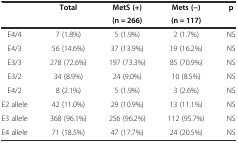
<table><thead><tr><td rowspan="2">[EMPTY_CELL]</td><td rowspan="2"><b>Total</b></td><td><b>MetS (+)</b></td><td><b>Mets (−)</b></td><td rowspan="2"><b>p</b></td></tr><tr><td><b>(n = 266)</b></td><td><b>(n = 117)</b></td></tr></thead><tbody><tr><td>E4/4</td><td>7 (1.8%)</td><td>5 (1.9%)</td><td>2 (1.7%)</td><td>NS</td></tr><tr><td>E4/3</td><td>56 (14.6%)</td><td>37 (13.9%)</td><td>19 (16.2%)</td><td>NS</td></tr><tr><td>E3/3</td><td>278 (72.6%)</td><td>197 (73.3%)</td><td>85 (70.9%)</td><td>NS</td></tr><tr><td>E3/2</td><td>34 (8.9%)</td><td>24 (9.0%)</td><td>10 (8.5%)</td><td>NS</td></tr><tr><td>E4/2</td><td>8 (2.1%)</td><td>5 (1.9%)</td><td>3 (2.6%)</td><td>NS</td></tr><tr><td>E2 allele</td><td>42 (11.0%)</td><td>29 (10.9%)</td><td>13 (11.1%)</td><td>NS</td></tr><tr><td>E3 allele</td><td>368 (96.1%)</td><td>256 (96.2%)</td><td>112 (95.7%)</td><td>NS</td></tr><tr><td>E4 allele</td><td>71 (18.5%)</td><td>47 (17.7%)</td><td>24 (20.5%)</td><td>NS</td></tr></tbody></table>